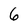
Character: 6